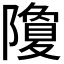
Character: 𮥮